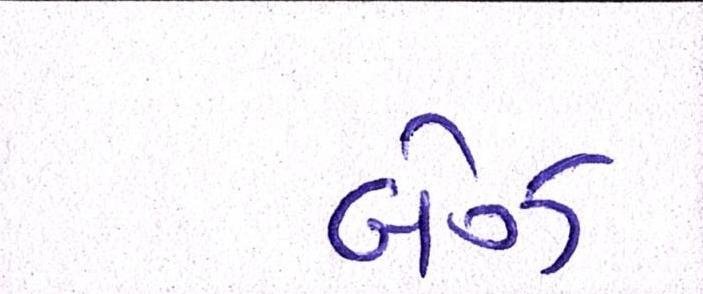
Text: બેઝ